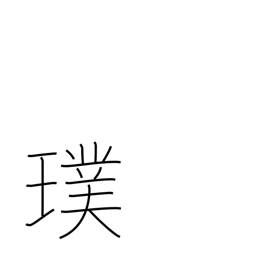
Meaning: unpolished gem